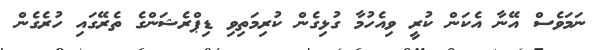
ނަމަވެސް އޭނާ އެކަން ކުރީ ވިއެހުމާ ގުޅިގެން ކުރިމަތިވި ޑިޕްރެޝަންގެ ތެރޭގައި ހުރެގެން